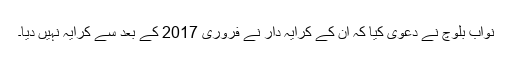
نواب بلوچ نے دعویٰ کیا کہ ان کے کرایہ دار نے فروری 2017 کے بعد سے کرایہ نہیں دیا۔